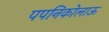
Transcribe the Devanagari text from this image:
पपनिकोलाऊ